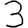
Digit: 3